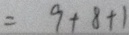
= 9 + 8 + 1